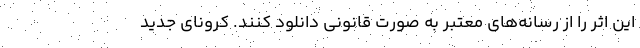
این اثر را از رسانه‌های معتبر به صورت قانونی دانلود کنند. کرونای جدید